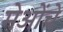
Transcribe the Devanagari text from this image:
मेओंचे